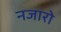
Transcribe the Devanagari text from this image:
नजारो